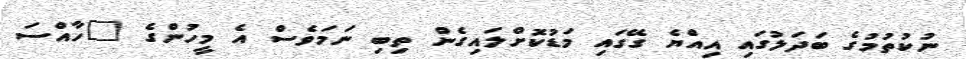
ނުކުތުމުގެ ބަދަލުގައި އިއްޔެ ގޭގައި މަޑުކޮށްލައިގެން ތިބި ނަމަވެސް އެ މީހުންގެ "ހާއްސަ